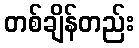
တစ်ချိန်တည်း